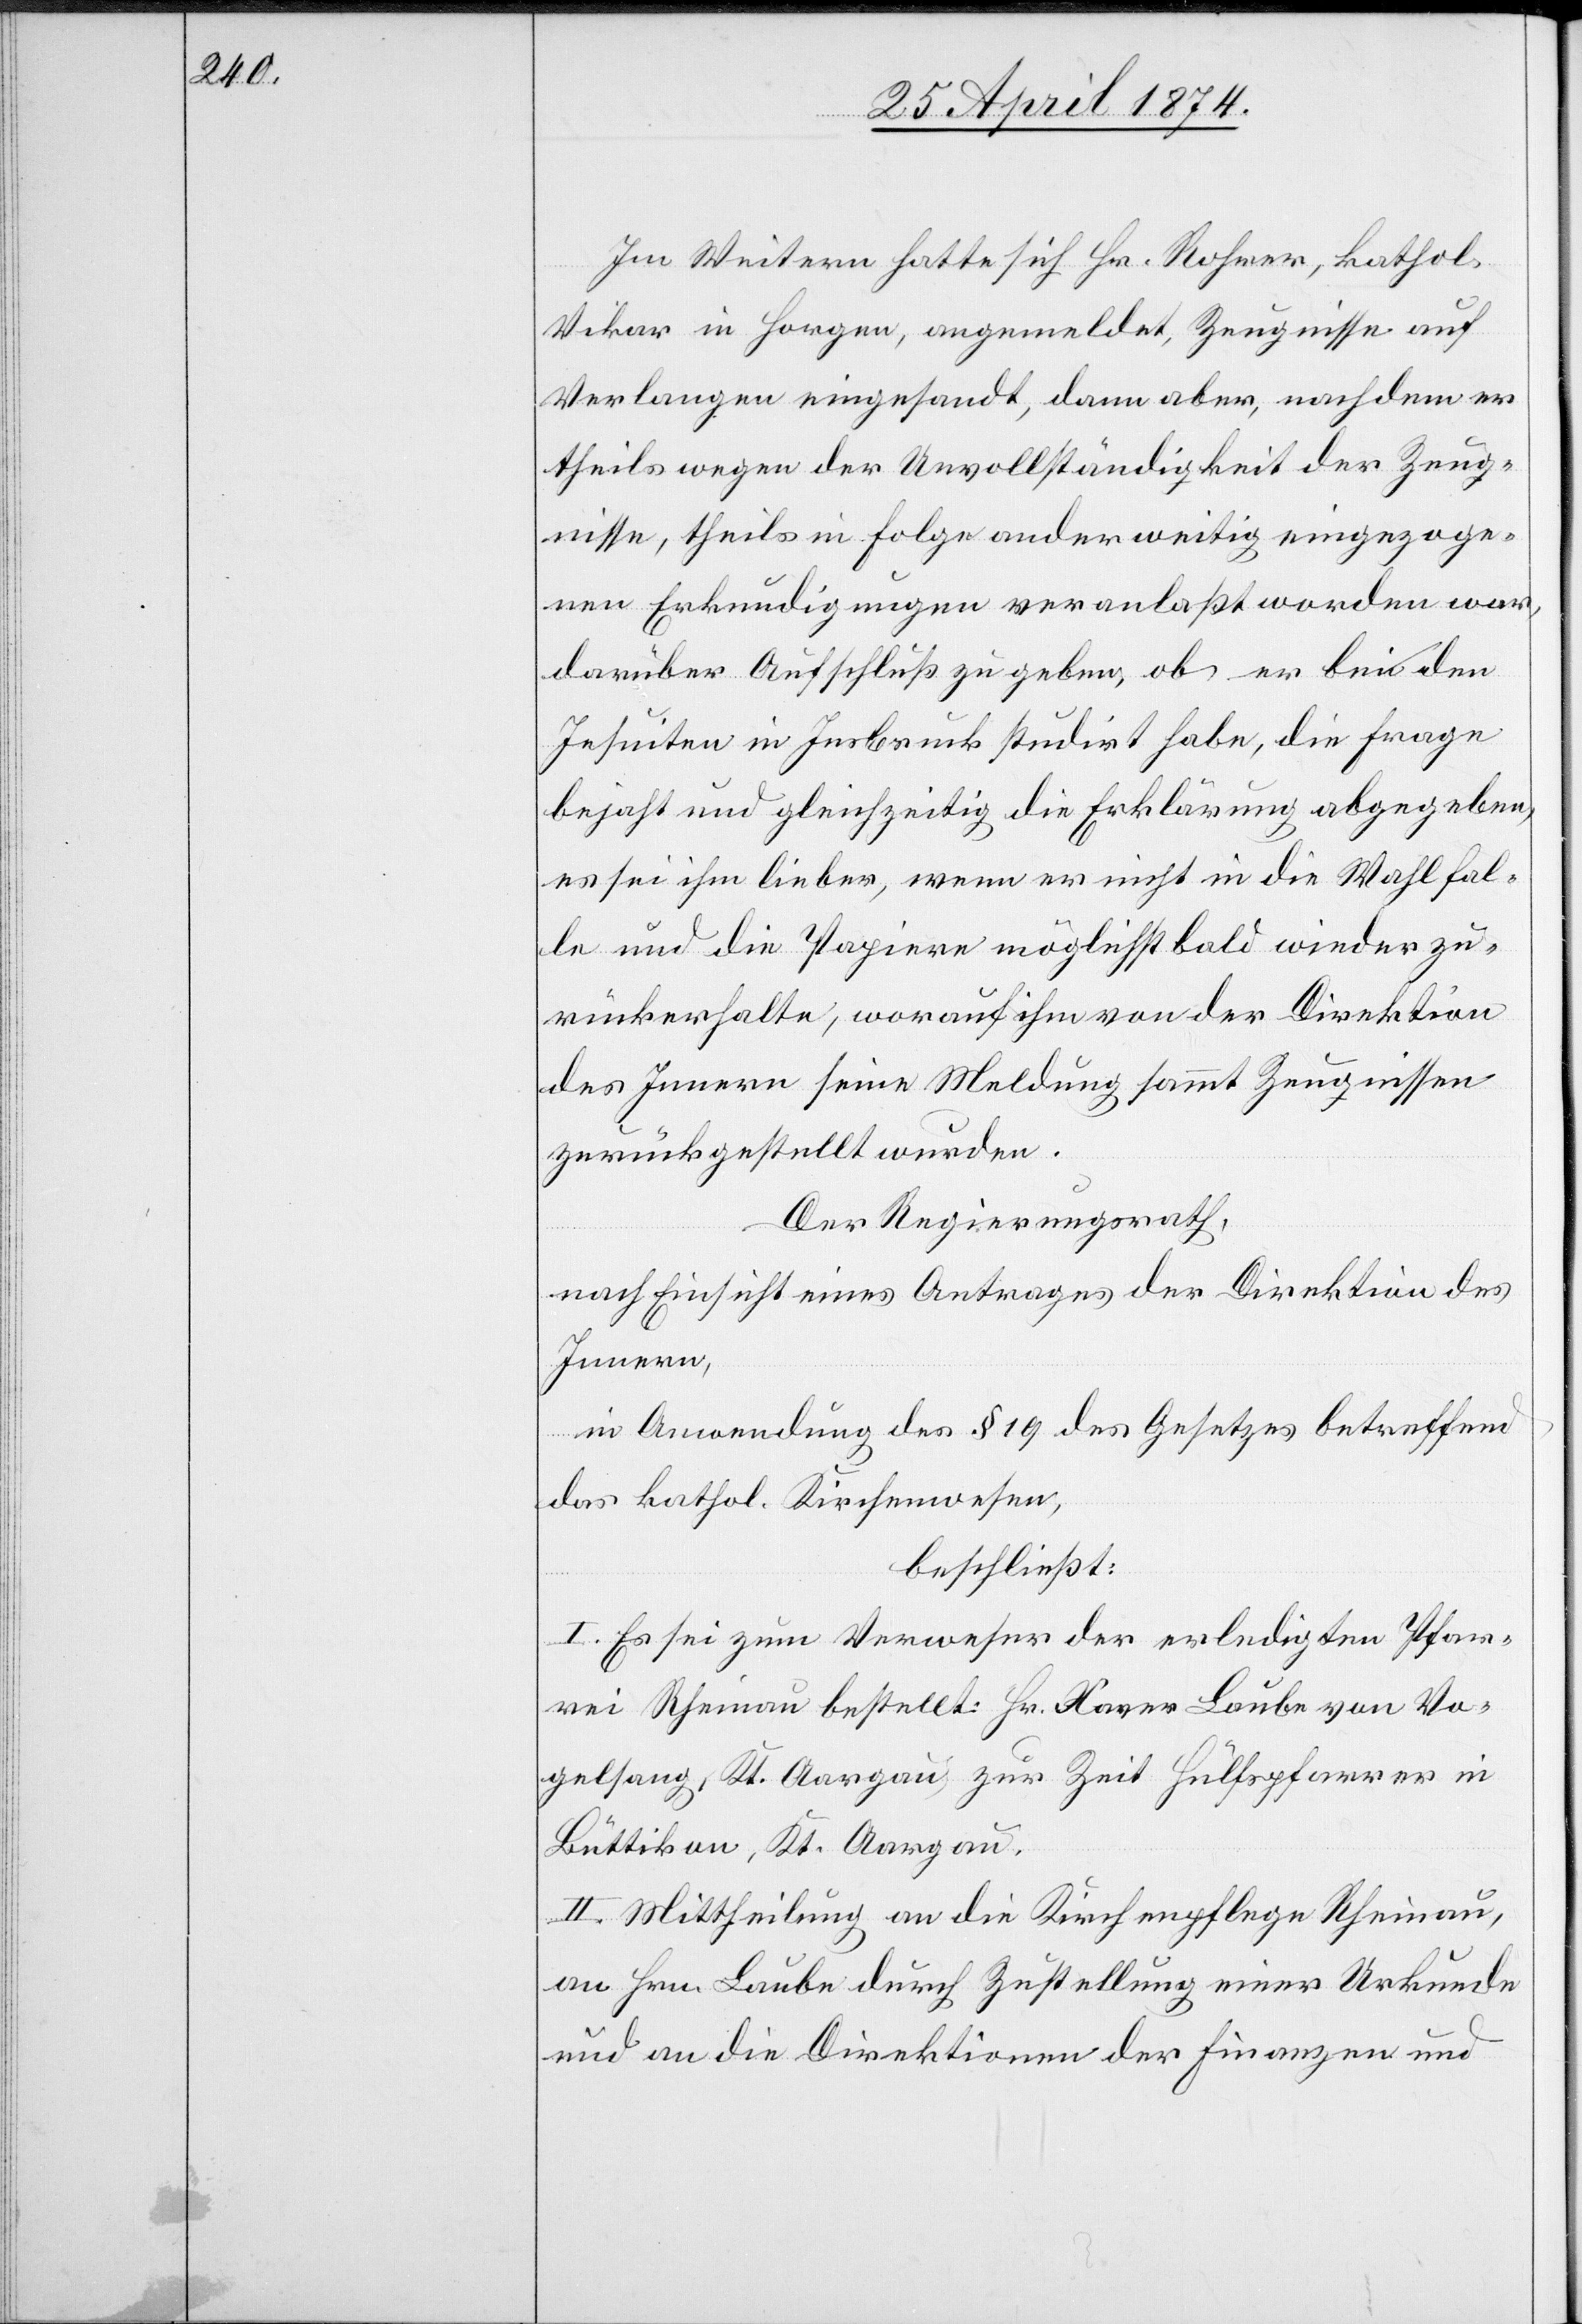
Im Weitern hatte sich Hr. Rohner, kathol.
Vikar in Horgen, angemeldet, Zeugnisse auf
Verlangen eingesandt, dann aber, nachdem er
theils wegen der Unvollständigkeit der Zeug¬
nisse, theils in Folge anderweitig eingezoge¬
nen Erkundigungen veranlaßt worden war,
darüber Aufschluß zu geben, ob er bei den
Jesuiten in Insbruck studirt habe, die Frage
bejaht und gleichzeitig die Erklärung abgegeben,
es sei ihm lieber, wenn er nicht in die Wahl fal¬
le und die Papiere möglichst bald wieder zu¬
rückerhalte, worauf ihm von der Direktion
des Innern seine Meldung sammt Zeugnissen
zurückgestellt wurden.
Der Regierungsrath,
nach Einsicht eines Antrages der Direktion des
Innern,
in Anwendung des § 19 des Gesetzes betreffend
das kathol. Kirchenwesen,
beschließt:
I. Es sei zum Verweser der erledigten Pfar¬
rei Rheinau bestellt: Hr. Xaver Laube von Vo¬
gelsang, Kt. Aargau, zur Zeit Hülfspfarrer in
Büttikon, Kt. Aargau.
II. Mittheilung an die Kirchenpflege Rheinau,
an Hrn. Laube durch Zustellung einer Urkunde
und an die Direktionen der Finanzen und